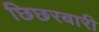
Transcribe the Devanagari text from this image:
छिछरबारी